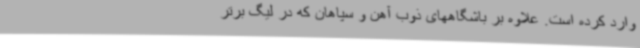
وارد کرده است. علاوه بر باشگاههای ذوب آهن و سپاهان که در لیگ برتر